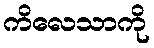
ကိလေသာကို